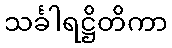
သင်္ခါရဋ္ဌိတိကာ